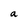
Character: a